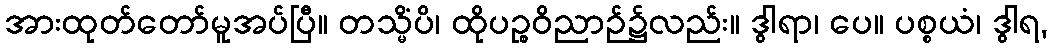
အားထုတ်တော်မူအပ်ပြီ။ တသ္မိံပိ၊ ထိုပဉ္စဝိညာဉ်၌လည်း။ ဒွါရာ၊ ပေ။ ပစ္စယံ၊ ဒွါရ,